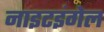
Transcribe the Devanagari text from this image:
नाइटइंगेल